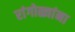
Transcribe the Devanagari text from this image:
रांगोळ्यांना